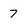
Character: 7